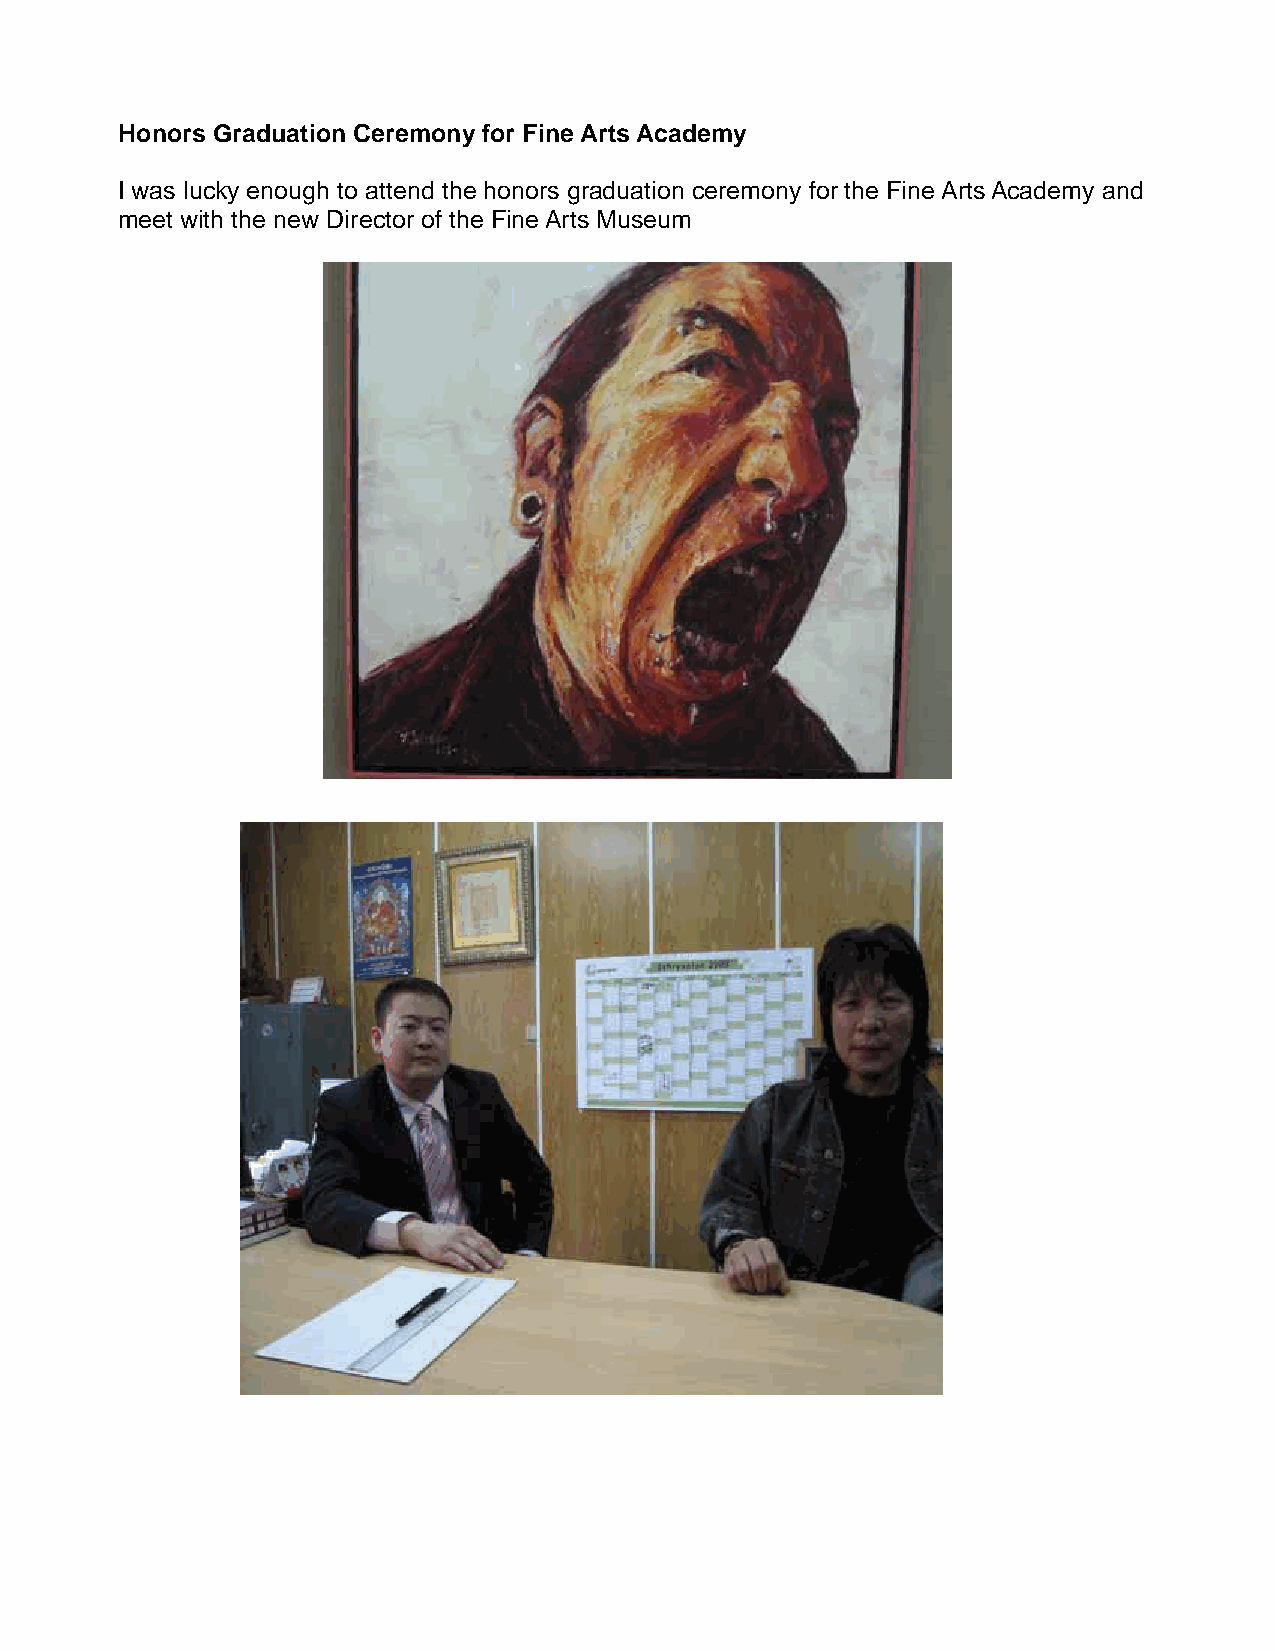
Honors Graduation Ceremony for Fine Arts Academy
 I was lucky enough to attend the honors graduation ceremony for the Fine Arts Academy and
 meet with the new Director of the Fine Arts Museum